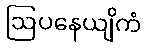
ဩပနေယျိကံ